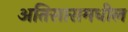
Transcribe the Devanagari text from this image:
अतिसारामधील